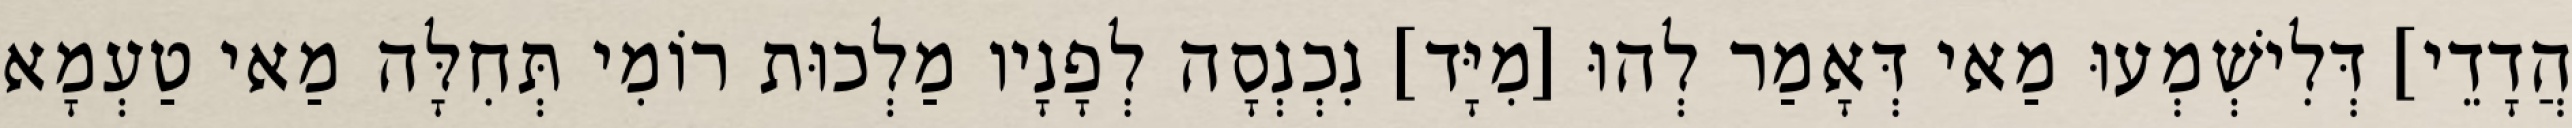
הֲדָדֵי] דְּלִישְׁמְעוּ מַאי דְּאָמַר לְהוּ [מִיָּד] נִכְנְסָה לְפָנָיו מַלְכוּת רוֹמִי תְּחִלָּה מַאי טַעְמָא